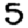
Digit: 5